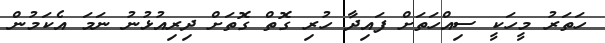
ހަތަރު މީހަކީ ސިއްހަތަށް ފައިދާ ހުރި ގޮތް ގޮތަށް ދިރިއުޅުނު ނަމަ އެކަމުން